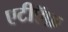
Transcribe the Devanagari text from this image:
एटीऍफ़